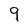
Character: 9